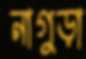
নাগুড়া